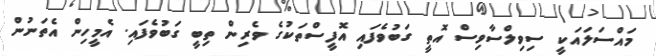
މައްސަލައަކީ ސިވިލްސާވިސް އޮތީ ގަބުވެފައި އޮފީސްތަކުގެ ވެރިން ތިބީ ގަބުވެފައި. އެމީހިން އެތަނުން